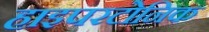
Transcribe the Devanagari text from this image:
हाइपरटोनिक